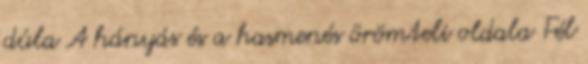
dúla A hányás és a hasmenés örömteli oldala Fél